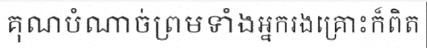
គុណបំណាច់ព្រមទាំងអ្នករងគ្រោះក៏ពិត